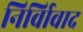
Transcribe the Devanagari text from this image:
निर्विावाद